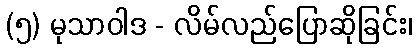
(၅) မုသာဝါဒ - လိမ်လည်ပြောဆိုခြင်း၊